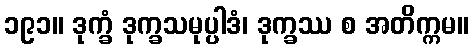
၁၉၁။ ဒုက္ခံ ဒုက္ခသမုပ္ပါဒံ၊ ဒုက္ခဿ စ အတိက္ကမ။